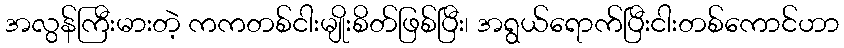
အလွန်ကြီးမားတဲ့ ကကတစ်ငါးမျိုးစိတ်ဖြစ်ပြီး၊ အရွယ်ရောက်ပြီးငါးတစ်ကောင်ဟာ